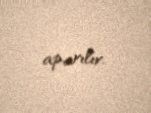
aparılır.